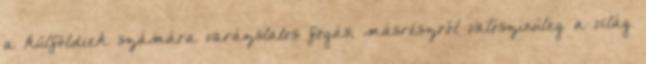
a külföldiek számára varázslatos fogás, másrészről valószínűleg a világ